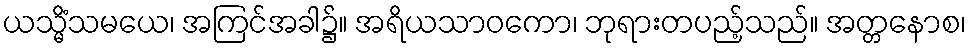
ယသ္မိံသမယေ၊ အကြင်အခါ၌။ အရိယသာဝကော၊ ဘုရားတပည့်သည်။ အတ္တနောစ၊